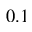
0 . 1